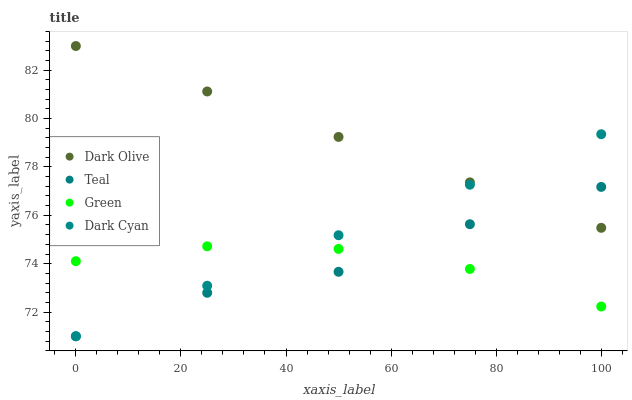
| xaxis_label | Dark Olive | Teal | Green | Dark Cyan |
 | --- | --- | --- | --- | --- |
 | 0 | 83 | 71 | 74.1 | 71 |
 | 25 | 81.1 | 72.8 | 74.7 | 73.1 |
 | 50 | 79.2 | 73.7 | 74.6 | 75.2 |
 | 75 | 77.4 | 75.6 | 73.8 | 77.3 |
 | 100 | 75.5 | 77.2 | 72.2 | 79.4 |